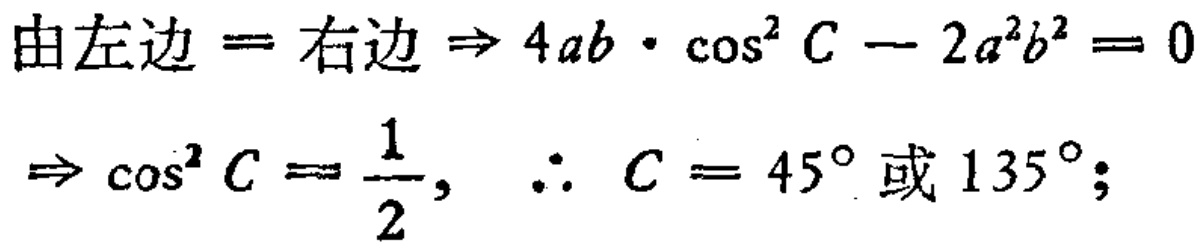
由左边 = 右边 $\Rightarrow 4ab\cdot \cos^{2}C - 2a^{2}b^{2} = 0$
$\Rightarrow \cos^{2}C = \frac{1}{2}, \therefore C = 45^{\circ} \text{或} 135^{\circ};$